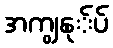
အကျွနု်ပ်